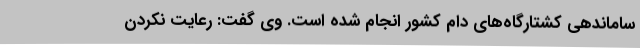
ساماندهی کشتارگاه‌های دام کشور انجام شده است. وی گفت: رعایت نکردن